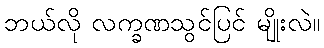
ဘယ်လို လက္ခဏသွင်ပြင် မျိုးလဲ။